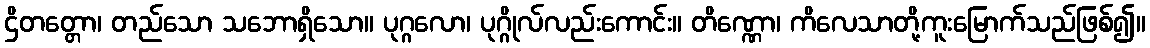
ဌိတတ္တော၊ တည်သော သဘောရှိသော။ ပုဂ္ဂလော၊ ပုဂ္ဂိုလ်လည်းကောင်း။ တိဏ္ဏော၊ ကိလေသာတို့ကူးမြောက်သည်ဖြစ်၍။